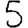
Digit: 5